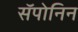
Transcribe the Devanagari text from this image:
सॅपोनिन